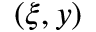
( \xi , y )